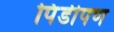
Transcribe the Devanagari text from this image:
पिंडीपण